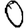
Digit: 0